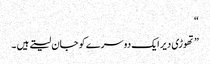
“
” تھوڑی دیر ایک دوسرے کو جان لیتے ہیں ۔